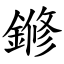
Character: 鎀